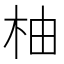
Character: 柚